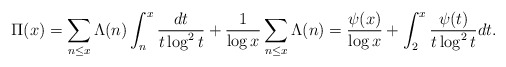
\begin{align*} \Pi(x)=\sum_{n\le x}\Lambda(n)\int_{n}^{x} \frac{dt}{t\log^2 t}+\frac{1}{\log x}\sum_{n\le x}\Lambda(n)=\frac{\psi(x)}{\log x}+\int_{2}^{x} \frac{\psi(t)}{t\log^2 t}dt.\end{align*}